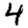
Digit: 4